Document type: Testament
Year: 1362
Scribe: Berenguer Vergós
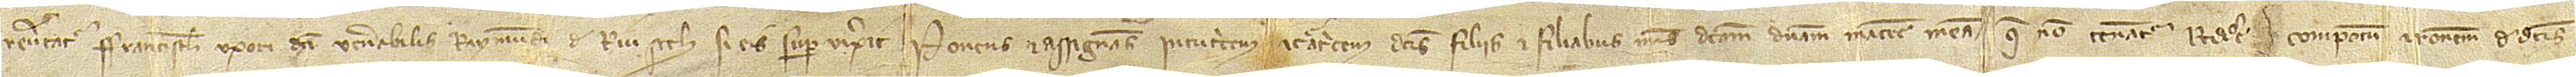
revertatur Francische, uxori dicti venerabilis Raymundi de Riusech, si eis supervixerit. Ponens et assignans in tutricem et curatricem dictis filiis et filiabus meis dictam dominam matrem meam, que non teneatur redeere compotum et rationem de dictis